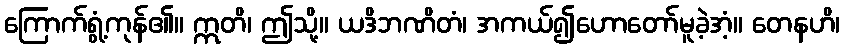
ကြောက်ရွံ့ကုန်၏။ ဣတိ၊ ဤသို့။ ယဒိဘဏိတံ၊ အကယ်၍ဟောတော်မူခဲ့အံ့။ တေနဟိ၊